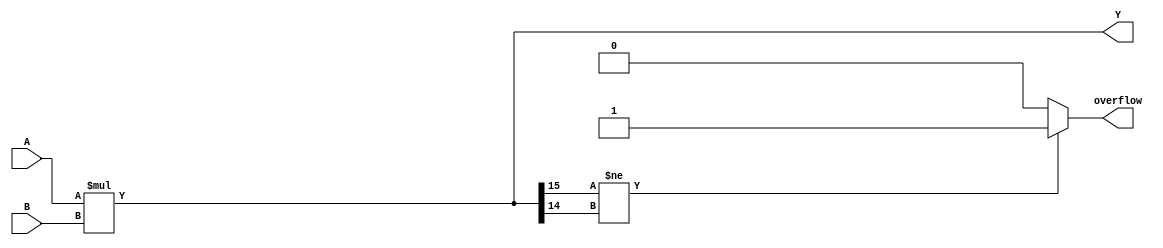
module ParameterizedMultiplier #(
    parameter WIDTH_A = 8,  // Width of input A
    parameter WIDTH_B = 8   // Width of input B
) (
    input  signed [WIDTH_A-1:0] A,  // Input operand A
    input  signed [WIDTH_B-1:0] B,  // Input operand B
    output reg signed [WIDTH_A + WIDTH_B - 1:0] Y,  // Output product Y
    output reg overflow  // Overflow flag
);

// Define the maximum width for the product
localparam WIDTH_Y = WIDTH_A + WIDTH_B;

always @* begin
    // Perform multiplication
    Y = A * B;

    // Check for overflow (simple overflow check for signed multiplication)
    if (Y[WIDTH_Y-1] != Y[WIDTH_Y-2]) begin
        overflow = 1'b1; // Overflow occurred
    end else begin
        overflow = 1'b0; // No overflow
    end
end

endmodule